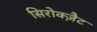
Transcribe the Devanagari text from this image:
सिरोक्ज़ैट